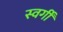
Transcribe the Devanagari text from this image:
स्वर्गीं